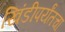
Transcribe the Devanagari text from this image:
खिंडीपर्यंतचा